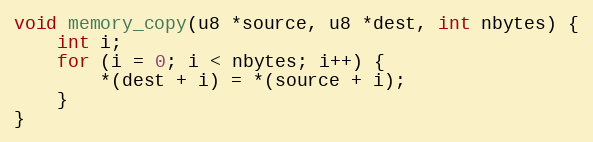
Language: C
void memory_copy(u8 *source, u8 *dest, int nbytes) {
    int i;
    for (i = 0; i < nbytes; i++) {
        *(dest + i) = *(source + i);
    }
}